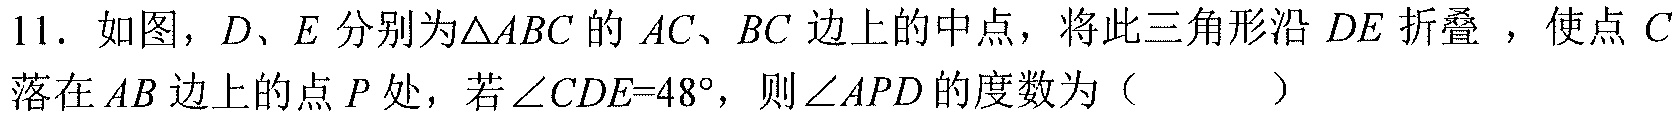
11. 如图，\(D、E\)分别为\(\triangle ABC\)的 \(AC、BC\)边上的中点，将此三角形沿 \(DE\) 折叠 ，使点 \(C\)落在 \(AB\) 边上的点 \(P\) 处，若\(\angle CDE = 48^{\circ}\)，则\(\angle APD\)的度数为（  ）